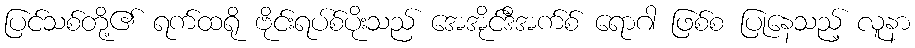
ပြင်သစ်တို့၏ ရက်ထရို ဗိုင်းရပ်စ်ပိုးသည် အေအိုင်ဒီအက်စ် ရောဂါ ဖြစ်စ ပြုနေသည့် လူနာ